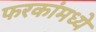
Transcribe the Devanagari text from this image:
फरकांमध्ये